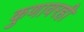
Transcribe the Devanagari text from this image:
कुणावरही